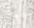
هيا